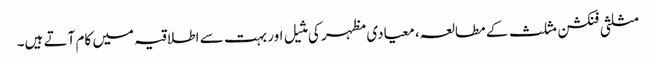
مثلثی فنکشن مثلث کے مطالعہ، معیادی مظہر کی مثیل اور بہت سے اطلاقیہ میں کام آتے ہیں۔